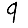
Digit: 9